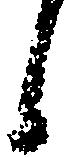
候